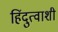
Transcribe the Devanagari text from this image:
हिंदुत्वाशी